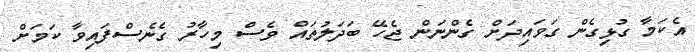
އެކަމާ ގުޅިގެން ގަވައިދަށް ގެންނަން ޖެހޭ ބަދަލުތައް ވެސް މިހާރު ގެނެސްފައިވާ ކަމަށް